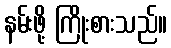
နမ်းဖို့ ကြိုးစားသည်။